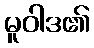
မူဝါဒ၏